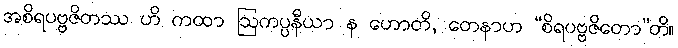
အစိရပဗ္ဗဇိတဿ ဟိ ကထာ ဩကပ္ပနီယာ န ဟောတိ, တေနာဟ “စိရပဗ္ဗဇိတော”တိ။